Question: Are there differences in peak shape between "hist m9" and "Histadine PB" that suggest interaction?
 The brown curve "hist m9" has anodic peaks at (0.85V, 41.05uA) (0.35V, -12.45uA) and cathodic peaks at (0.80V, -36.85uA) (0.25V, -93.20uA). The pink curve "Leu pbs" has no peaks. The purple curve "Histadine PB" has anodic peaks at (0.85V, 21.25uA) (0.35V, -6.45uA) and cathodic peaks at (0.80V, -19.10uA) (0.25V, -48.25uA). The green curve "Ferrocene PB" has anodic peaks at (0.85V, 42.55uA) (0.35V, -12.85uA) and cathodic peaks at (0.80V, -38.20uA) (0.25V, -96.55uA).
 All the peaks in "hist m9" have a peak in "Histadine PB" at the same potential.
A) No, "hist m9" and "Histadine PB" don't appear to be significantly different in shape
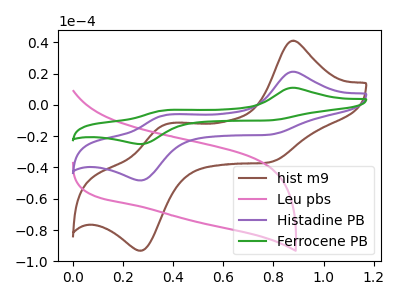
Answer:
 <answer>A) No, "hist m9" and "Histadine PB" don't appear to be significantly different in shape</answer>
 <eval>A</eval>